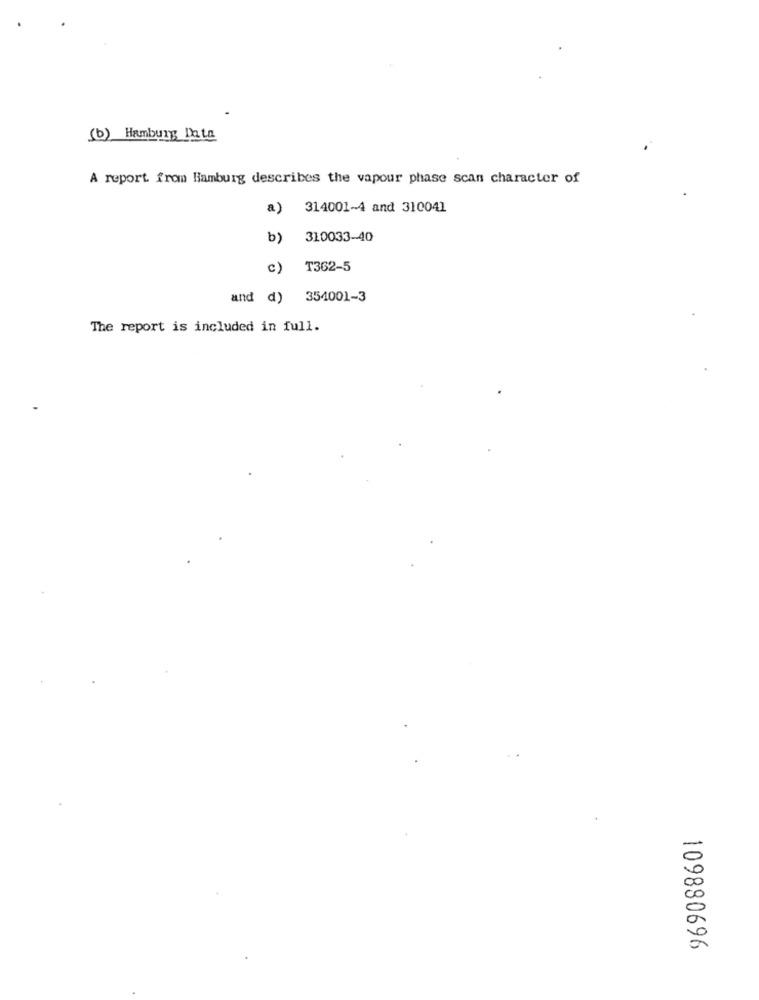
(b) Hamburg Data
A report from Hamburg describes the vapour phase scan character of
a)
314001-4 and 310041
b)
310033-40
c)
T362-5
and d) 354001-3
The report is included in full.
109880696